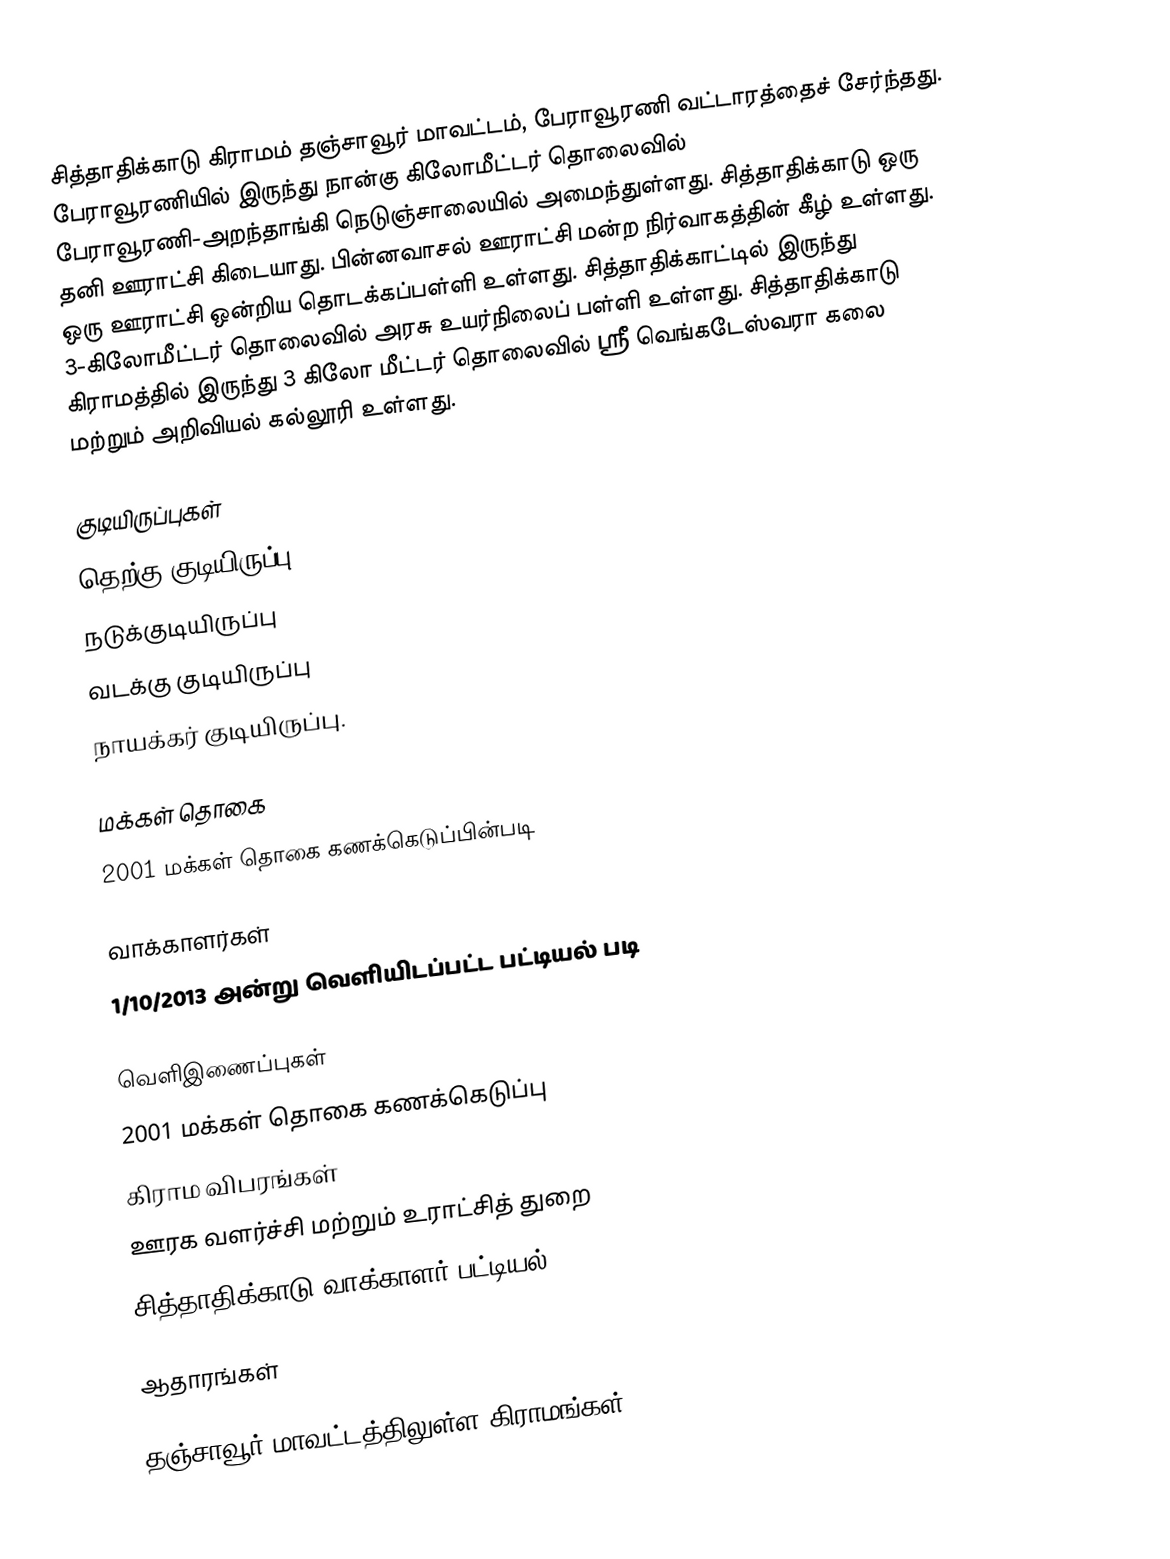
சித்தாதிக்காடு கிராமம் தஞ்சாவூர் மாவட்டம், பேராவூரணி வட்டாரத்தைச் சேர்ந்தது.  பேராவூரணியில் இருந்து நான்கு கிலோமீட்டர் தொலைவில் பேராவூரணி-அறந்தாங்கி நெடுஞ்சாலையில் அமைந்துள்ளது.  சித்தாதிக்காடு ஒரு தனி ஊராட்சி கிடையாது.  பின்னவாசல் ஊராட்சி மன்ற நிர்வாகத்தின் கீழ் உள்ளது. ஒரு ஊராட்சி ஒன்றிய தொடக்கப்பள்ளி உள்ளது. சித்தாதிக்காட்டில் இருந்து 3-கிலோமீட்டர் தொலைவில் அரசு உயர்நிலைப் பள்ளி உள்ளது. சித்தாதிக்காடு கிராமத்தில் இருந்து 3 கிலோ மீட்டர் தொலைவில் ஸ்ரீ வெங்கடேஸ்வரா கலை மற்றும் அறிவியல் கல்லூரி உள்ளது.

குடியிருப்புகள்
தெற்கு குடியிருப்பு
நடுக்குடியிருப்பு
வடக்கு குடியிருப்பு
நாயக்கர் குடியிருப்பு.

மக்கள் தொகை
2001 மக்கள் தொகை கணக்கெடுப்பின்படி

வாக்காளர்கள்
1/10/2013 அன்று வெளியிடப்பட்ட பட்டியல் படி

வெளிஇணைப்புகள்
2001 மக்கள் தொகை கணக்கெடுப்பு
கிராம விபரங்கள்
ஊரக வளர்ச்சி மற்றும் உராட்சித் துறை
சித்தாதிக்காடு வாக்காளர் பட்டியல்

ஆதாரங்கள்

தஞ்சாவூர் மாவட்டத்திலுள்ள கிராமங்கள்